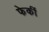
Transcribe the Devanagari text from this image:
फेकीं